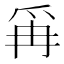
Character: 爯